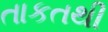
તાકતથી